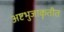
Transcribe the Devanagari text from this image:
अष्टभुजाकृतीत